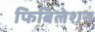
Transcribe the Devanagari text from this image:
फिबिलेशन